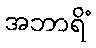
အဘာရိံ